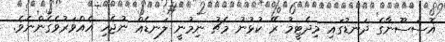
އޮސަސޫނާގެ ދަނޑުގައި މިދެޓީމު ރޭ ކުޅުނު މެޗު ނިމުނީ ލަނޑެއް ނުޖެހި އެއްވަރުވެގެންނެވެ.